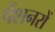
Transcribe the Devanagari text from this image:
पेंशनरों